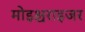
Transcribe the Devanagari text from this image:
मोइश्चराइजर